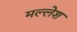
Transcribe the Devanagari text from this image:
मल्लेश